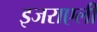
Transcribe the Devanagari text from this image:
इजराएली